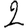
Digit: 2